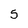
Character: 5